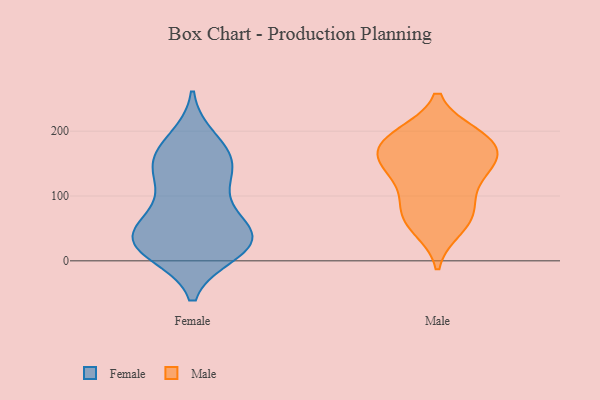
{"axis": {"x": "Satisfaction Score", "y": "Value"}, "legend": ["Female", "Male"], "data": [{"x": "", "y": 95, "type": "Female"}, {"x": "", "y": 22, "type": "Female"}, {"x": "", "y": 143, "type": "Female"}, {"x": "", "y": 171, "type": "Female"}, {"x": "", "y": 51, "type": "Female"}, {"x": "", "y": 32, "type": "Female"}, {"x": "", "y": 154, "type": "Female"}, {"x": "", "y": 186, "type": "Female"}, {"x": "", "y": 34, "type": "Female"}, {"x": "", "y": 150, "type": "Female"}, {"x": "", "y": 66, "type": "Female"}, {"x": "", "y": 34, "type": "Female"}, {"x": "", "y": 28, "type": "Female"}, {"x": "", "y": 127, "type": "Female"}, {"x": "", "y": 26, "type": "Female"}, {"x": "", "y": 14, "type": "Female"}, {"x": "", "y": 130, "type": "Male"}, {"x": "", "y": 189, "type": "Male"}, {"x": "", "y": 158, "type": "Male"}, {"x": "", "y": 173, "type": "Male"}, {"x": "", "y": 185, "type": "Male"}, {"x": "", "y": 90, "type": "Male"}, {"x": "", "y": 193, "type": "Male"}, {"x": "", "y": 143, "type": "Male"}, {"x": "", "y": 50, "type": "Male"}, {"x": "", "y": 143, "type": "Male"}, {"x": "", "y": 195, "type": "Male"}, {"x": "", "y": 68, "type": "Male"}, {"x": "", "y": 91, "type": "Male"}, {"x": "", "y": 156, "type": "Male"}, {"x": "", "y": 59, "type": "Male"}]}